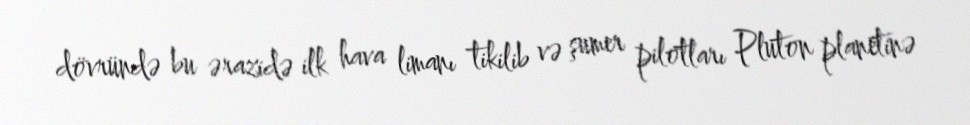
dövründə bu ərazidə ilk hava limanı tikilib və şumer pilotları Pluton planetinə